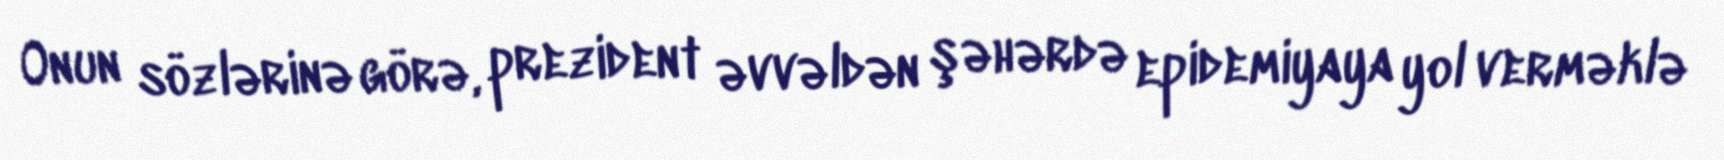
Onun sözlərinə görə, prezident əvvəldən şəhərdə epidemiyaya yol verməklə